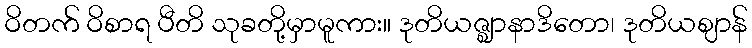
ဝိတက် ဝိစာရ ပီတိ သုခတို့မှာမူကား။ ဒုတိယဇ္ဈာနာဒိတော၊ ဒုတိယဈာန်